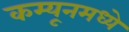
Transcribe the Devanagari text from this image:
कम्यूनमध्ये